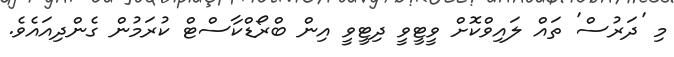
މި 'ދަރުސް' ތައް ލައިވްކޮށް ވީޓީވީ ދިޓީވީ އިން ބްރޯޑްކާސްޓް ކުރަމުން ގެންދިއައެވެ.